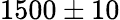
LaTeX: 1500\pm 10